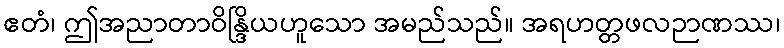
ဧတံ၊ ဤအညာတာဝိန္ဒြိယဟူသော အမည်သည်။ အရဟတ္တဖလဉာဏဿ၊